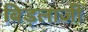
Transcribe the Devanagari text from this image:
बिड़लाजी